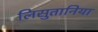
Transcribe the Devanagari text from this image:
लिसुतानिया